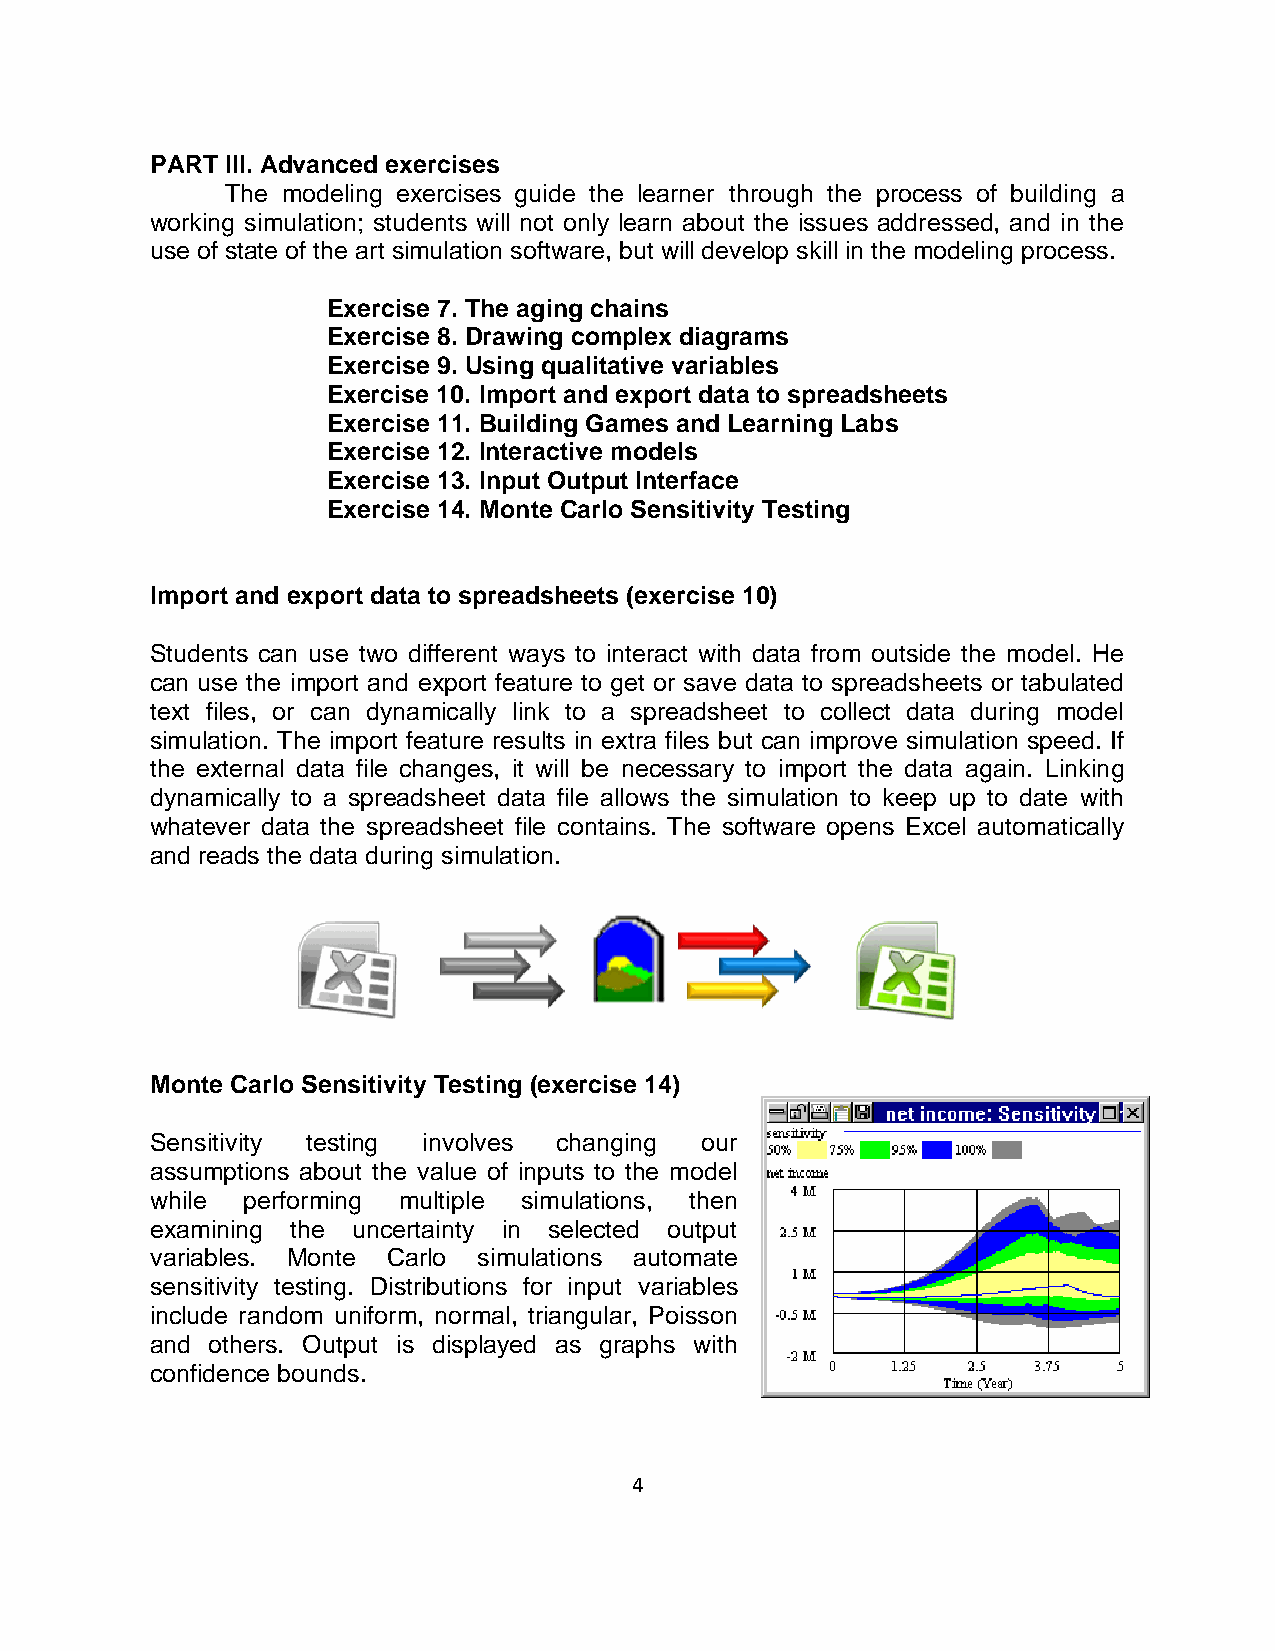
PART III. Advanced exercises
 The modeling exercises guide the learner through the process of building a
 working simulation; students will not only learn about the issues addressed, and in the
 use of state of the art simulation software, but will develop skill in the modeling process.
 Exercise 7. The aging chains
 Exercise 8. Drawing complex diagrams
 Exercise 9. Using qualitative variables
 Exercise 10. Import and export data to spreadsheets
 Exercise 11. Building Games and Learning Labs
 Exercise 12. Interactive models
 Exercise 13. Input Output Interface
 Exercise 14. Monte Carlo Sensitivity Testing
 Import and export data to spreadsheets (exercise 10)
 Students can use two different ways to interact with data from outside the model. He
 can use the import and export feature to get or save data to spreadsheets or tabulated
 text files, or can dynamically link to a spreadsheet to collect data during model
 simulation. The import feature results in extra files but can improve simulation speed. If
 the external data file changes, it will be necessary to import the data again. Linking
 dynamically to a spreadsheet data file allows the simulation to keep up to date with
 whatever data the spreadsheet file contains. The software opens Excel automatically
 and reads the data during simulation.
 Monte Carlo Sensitivity Testing (exercise 14)
 Sensitivity testing involves changing our
 assumptions about the value of inputs to the model
 while performing multiple simulations, then
 examining the uncertainty in selected output
 variables. Monte Carlo simulations automate
 sensitivity testing. Distributions for input variables
 include random uniform, normal, triangular, Poisson
 and others. Output is displayed as graphs with
 confidence bounds.
 4